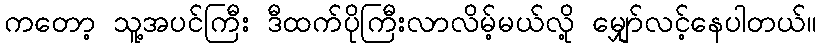
ကတော့ သူ့အပင်ကြီး ဒီထက်ပိုကြီးလာလိမ့်မယ်လို့ မျှော်လင့်နေပါတယ်။